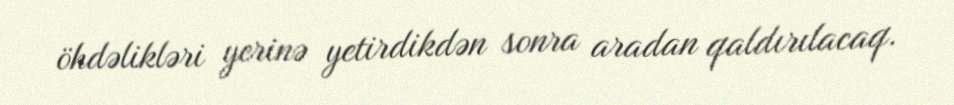
öhdəlikləri yerinə yetirdikdən sonra aradan qaldırılacaq.